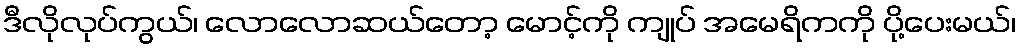
ဒီလိုလုပ်ကွယ်၊ လောလောဆယ်တော့ မောင့်ကို ကျုပ် အမေရိကကို ပို့ပေးမယ်၊